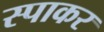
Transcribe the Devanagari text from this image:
स्पाकर